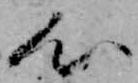
心